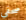
صحفى